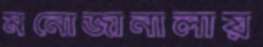
মনোজানালায়